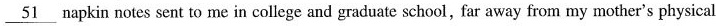
\underline{51} napkin notes sent to me in college and graduate school, far away from my mother's physical